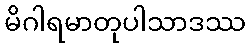
မိဂါရမာတုပါသာဒဿ